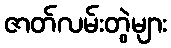
ဇာတ်လမ်းတွဲများ